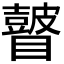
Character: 𥌒